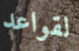
لقواعد